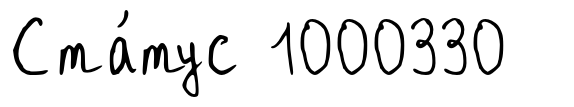
Ста́тус 1000330